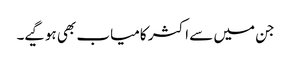
جن میں سے اکثر کامیاب بھی ہوگیے۔